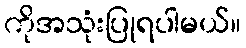
ကိုအသုံးပြုရပါမယ်။